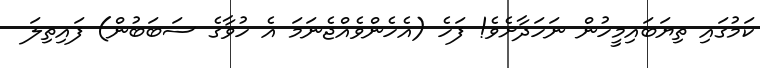
ކަމުގައި ތިޔަބައިމީހުން ނަހަދާށެވެ! ފަހެ (އެހެންވެއްޖެނަމަ އެ ހުވާގެ ސަބަބުން) ފައިތިލަ